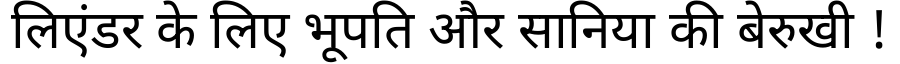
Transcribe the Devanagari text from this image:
लिएंडर के लिए भूपति और सानिया की बेरुखी !